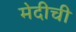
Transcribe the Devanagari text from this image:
मेदीची